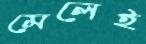
মেলেই